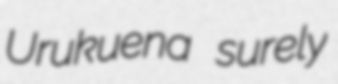
Urukuena surely